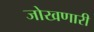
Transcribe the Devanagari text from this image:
जोखणारी